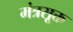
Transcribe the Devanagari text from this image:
मंत्रसूक्त